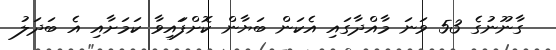
ގާނޫނުގެ 53 ވަނަ މާއްދާގައި އެކަން ބަޔާން ކޮށްފަައިވާ ކަމަށާއި އެ ބަދަލު